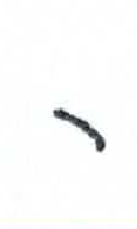
אות: ר